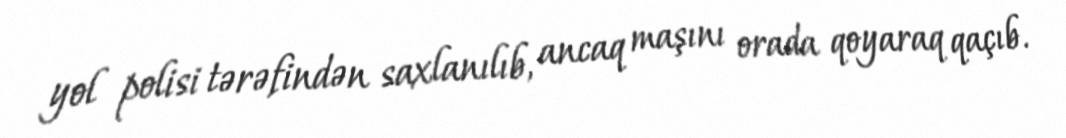
yol polisi tərəfindən saxlanılıb, ancaq maşını orada qoyaraq qaçıb.